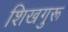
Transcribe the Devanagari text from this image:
शिखगुरू